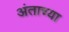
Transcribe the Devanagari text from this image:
अंताच्या